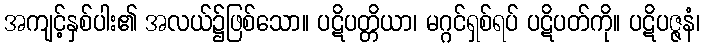
အကျင့်နှစ်ပါး၏ အလယ်၌ဖြစ်သော။ ပဋိပတ္တိယာ၊ မဂ္ဂင်ရှစ်ရပ် ပဋိပတ်ကို။ ပဋိပဇ္ဇနံ၊